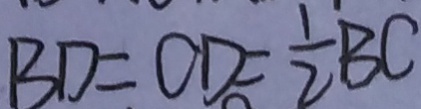
B D = O D = \frac { 1 } { 2 } B C